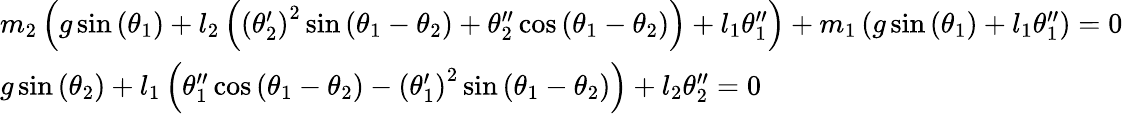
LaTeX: {\begin{array}{l}{m_{2}\left(g\sin\left(\theta_{1}\right)+l_{2}\left(\left(\theta_{2}^{\prime}\right)^{2}\sin\left(\theta_{1}-\theta_{2}\right)+\theta_{2}^{\prime\prime}\cos\left(\theta_{1}-\theta_{2}\right)\right)+l_{1}\theta_{1}^{\prime\prime}\right)+m_{1}\left(g\sin\left(\theta_{1}\right)+l_{1}\theta_{1}^{\prime\prime}\right)=0}\\ {g\sin\left(\theta_{2}\right)+l_{1}\left(\theta_{1}^{\prime\prime}\cos\left(\theta_{1}-\theta_{2}\right)-\left(\theta_{1}^{\prime}\right)^{2}\sin\left(\theta_{1}-\theta_{2}\right)\right)+l_{2}\theta_{2}^{\prime\prime}=0}\end{array}}